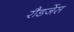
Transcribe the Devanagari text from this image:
रौडजेंस